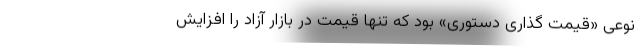
نوعی «قیمت گذاری دستوری» بود که تنها قیمت در بازار آزاد را افزایش